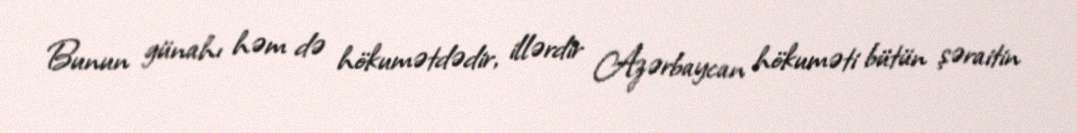
Bunun günahı həm də hökumətdədir, illərdir Azərbaycan hökuməti bütün şəraitin